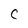
Character: C